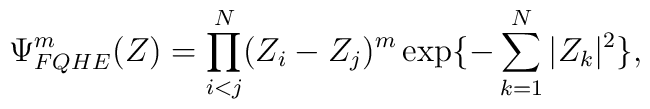
\Psi^m_{FQHE}(Z)= \prod^N_{i<j} (Z_i - Z_j)^m \exp\{-\sum^N_{k=1} |Z_k|^2\},